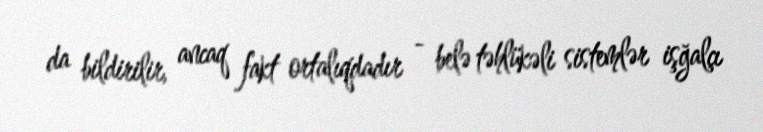
da bildirilir, ancaq fakt ortalıqdadır - belə təhlükəli sistemlər işğalçı